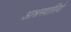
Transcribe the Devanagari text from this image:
आश्रमवासियो